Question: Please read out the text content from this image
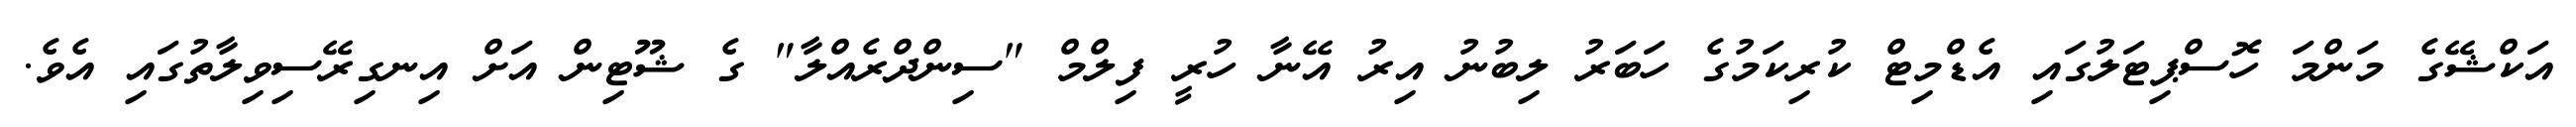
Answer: އަކްޝޭގެ މަންމަ ހޮސްޕިޓަލުގައި އެޑްމިޓް ކުރިކަމުގެ ހަބަރު ލިބުނު އިރު އޭނާ ހުރީ ފިލްމް "ސިންދްރެއްލާ" ގެ ޝޫޓިން އަށް އިނގިރޭސިވިލާތުގައި އެވެ.